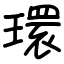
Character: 𤨔